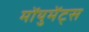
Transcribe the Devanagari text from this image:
मोंयुमेंट्स